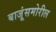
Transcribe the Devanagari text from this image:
बाजूंसमोरील